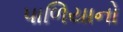
પાળિયાનો